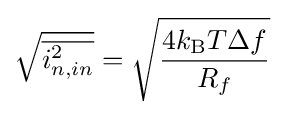
{\sqrt {\overline {i_{n,in}^{2}}}}={\sqrt {\frac {4k_{\text{B}}T\Delta f}{R_{f}}}}